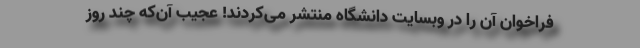
فراخوان آن را در وبسایت دانشگاه منتشر می‌کردند! عجیب آن‌که چند روز